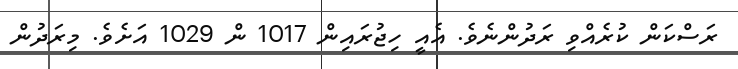
ރަސްކަން ކުރެއްވި ރަދުންނެވެ. އެއީ ހިޖުރައިން 1017 ން 1029 އަށެވެ. މިރަދުން